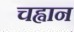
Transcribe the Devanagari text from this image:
चह्वान